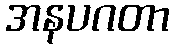
အနပဂတာ